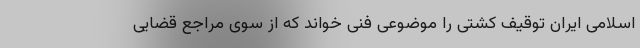
اسلامی ایران توقیف کشتی را موضوعی فنی خواند که از سوی مراجع قضایی